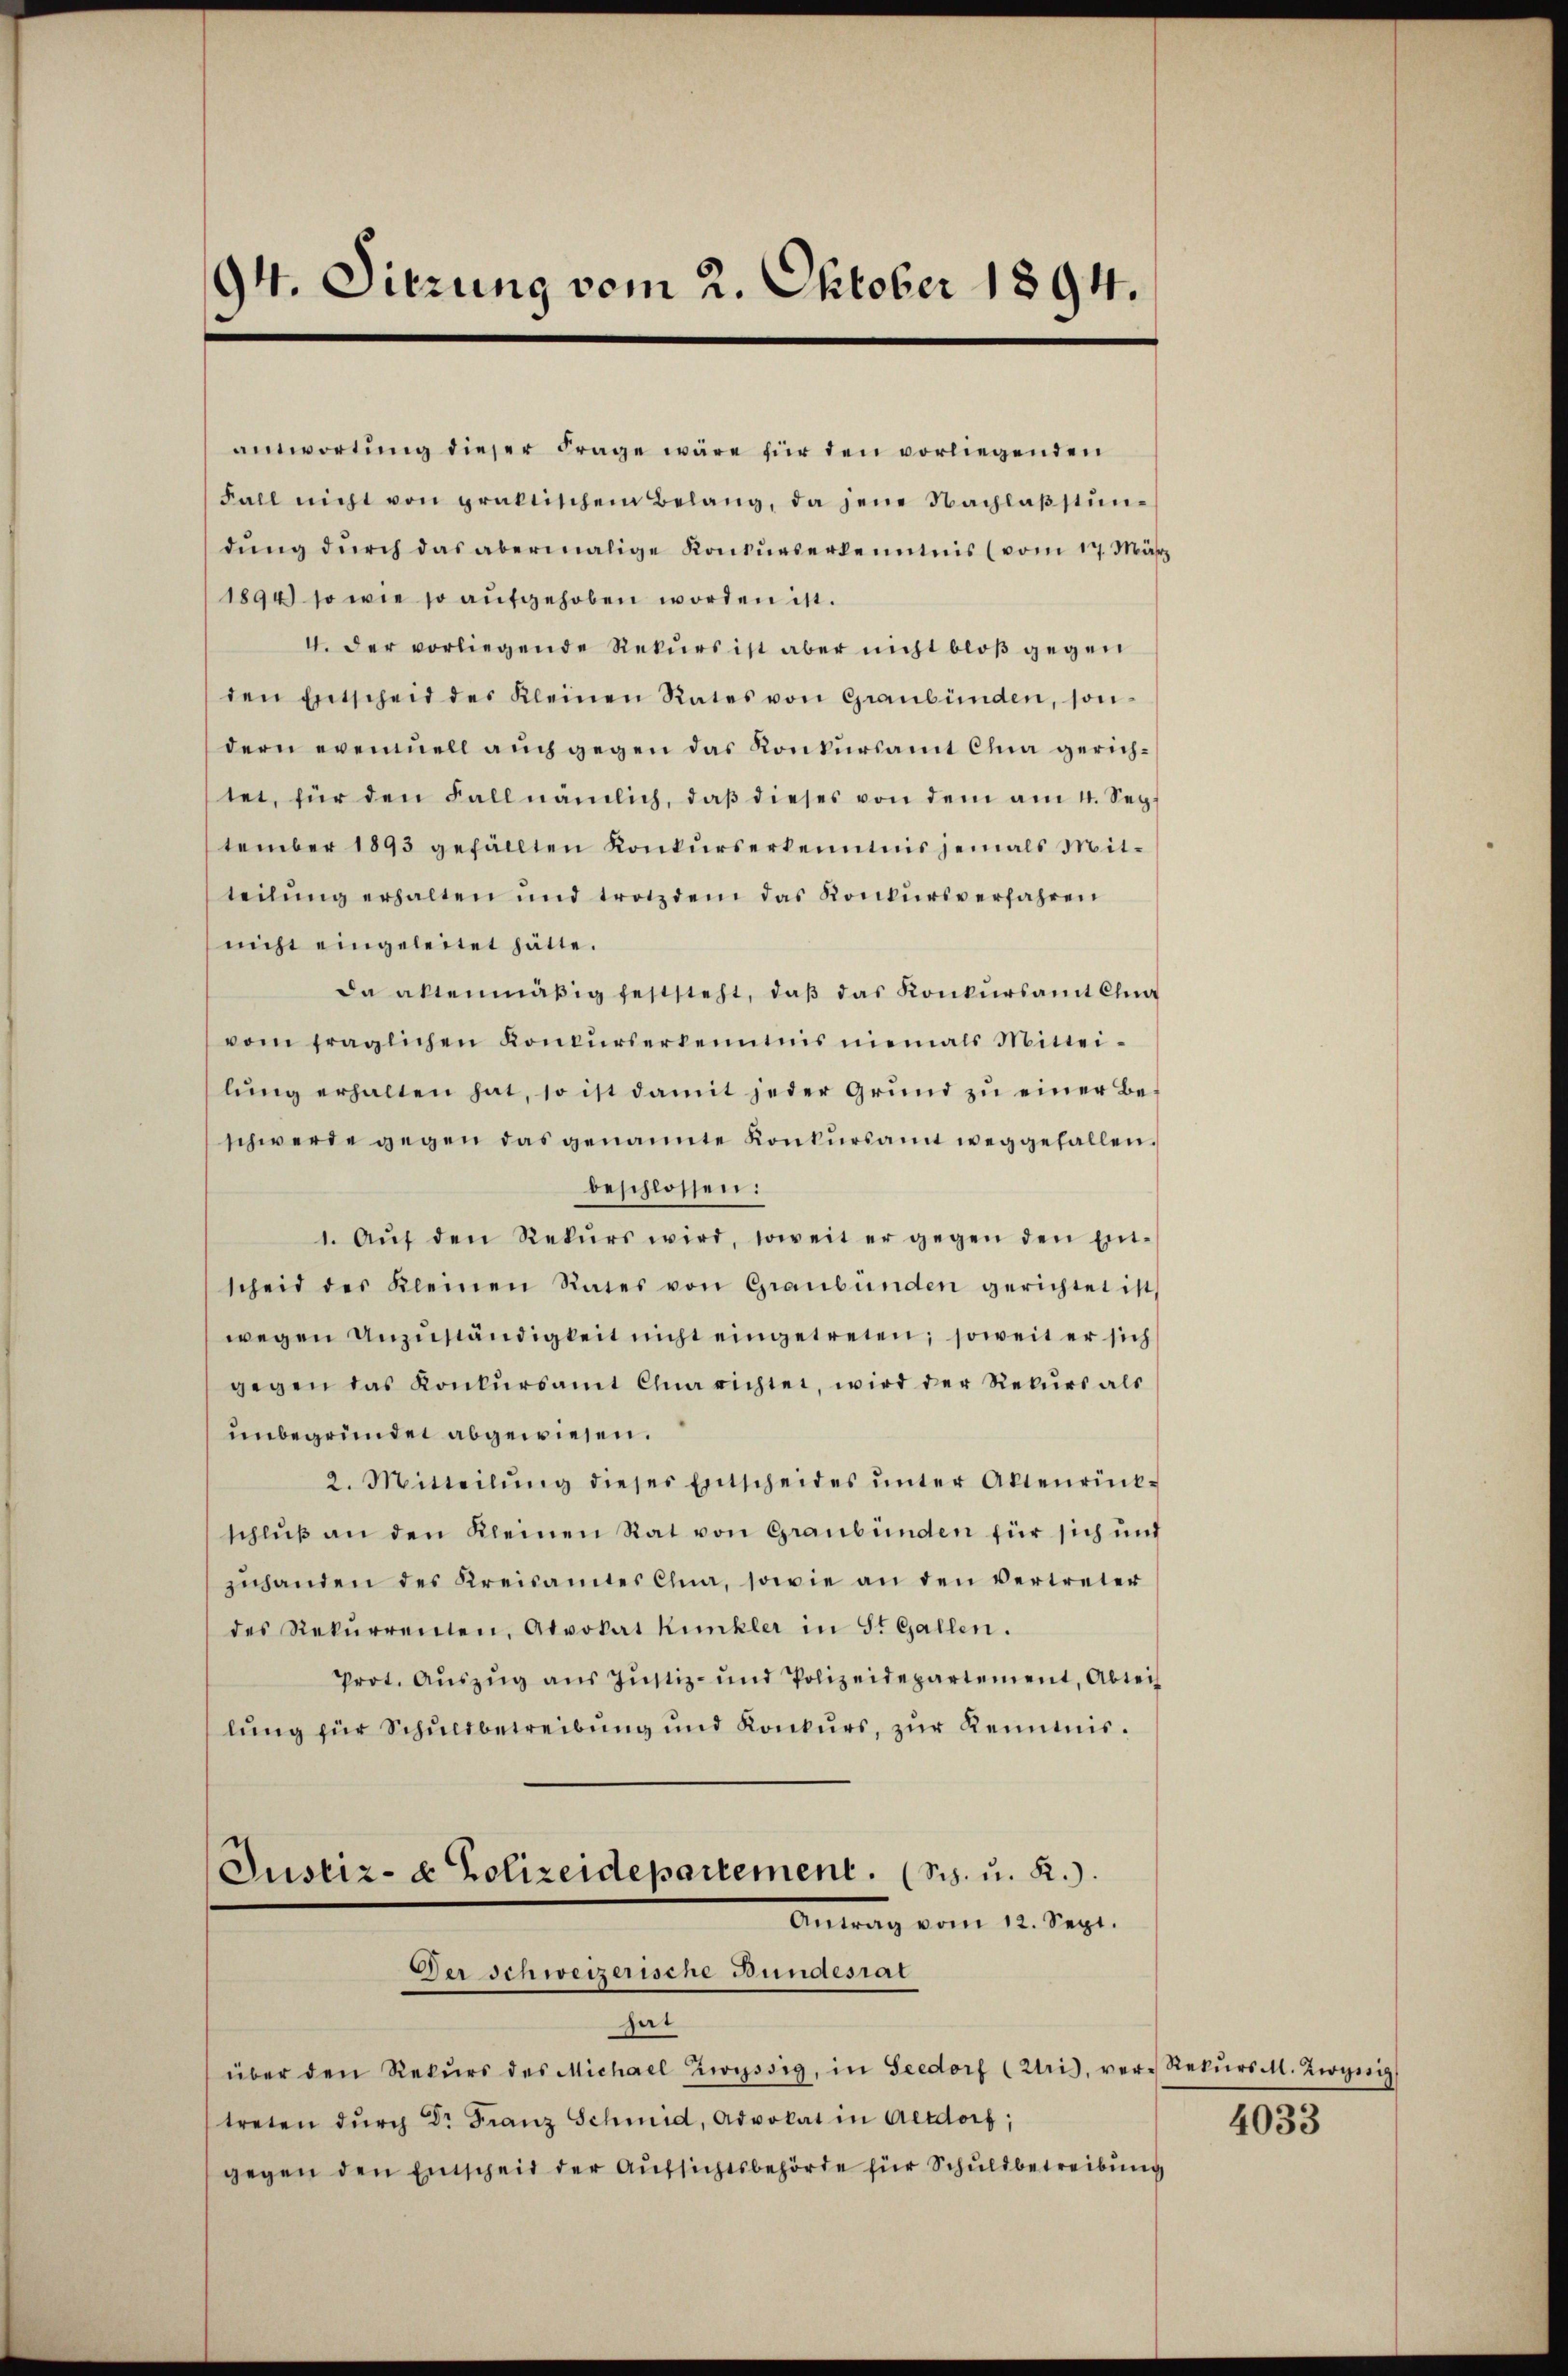
94. Sitzung vom 2. Oktober 1894.

anwortung dieser Frage wäre für den vorliegenden
Fall nicht von praktischem Belang, da jene Nachlaβstŭn-
dŭng dŭrch das abermalige Konkurserkenntnis (vom 17. März
1894) so wie so aufgehoben worden ist.
V. der vorliegende Rekurs ist aber nicht bloß gegen
den Entscheid des Kleinen Rates von Graubünden, sondern eventuell auch gegen das Konkursamt Clua gerichtet, für den Fall nämlich, daβ dieses von dem am 4. Sep.
tember 1893 gefällten Konkurserkenntnis jemals Mitteilŭng erhalten und trotzdem das Konkursverfahren
nicht eingeleitet hätte.
da allenmäßig feststeht, daβ das Konkŭrsamt Chia
vom fraglichen Konkŭrserkenntnis niemals Mittei-
lŭng erhalten hat, so ist damit jeder Grŭnd zŭ einer Be-
schwerde gegen das genannte Konkŭrsamt weggefallen.
beschlossen:
1. Aŭf den Rekŭrs wird, soweit er gegen den Ent-
scheid des Kleinen Rates von Graubünden gerichtet ist,
wegen anzŭständigkeit nicht eingetreten; soweit er sich
gegen das Konkursamt Chuna richter, wird der Rekurs als
unbegründet abgewiesen.
2. Mitteilŭng dieses Entscheides ŭnter Altenrück-
schluß an den Kleinen Rat von Graubünden für sich und
zŭhanden des Kreisamtes Clna, sowie an den vertreter
des Rekŭrrenten, Advokat Kunkler in St. Gallen.
Prot. Aŭszŭg aŭs Jŭstiz- und Polizeidepartement, Abtei
lŭng für Schuldbetreibung und Konkurs, zŭr Keimis¬
Justiz- & Polizeidepartement. (Sch. u. R.)
Antrag vom 12. Sept.
Der Schweizerische Bundesrat
hat
über den Rekŭrs des Michael Zwyssig, in Seedorf (Uris, ver-Rekŭrs M. Zigeig
treten dŭrch Dr Franz Schmid, Advokat in Altdorf;
gegen den Einscheid der Aufsichtsbehörde für Schuldbetreibung

4033